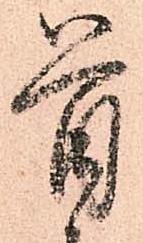
首